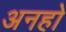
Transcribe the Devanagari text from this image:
अनहो